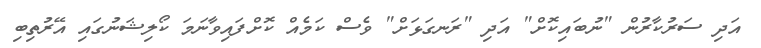
އަދި ސަރުކާރުން "ނުބައިކޮށް" އަދި "ރަނގަޅަށް" ވެސް ކަމެއް ކޮށްފައިވާނަމަ ކޯލިޝަނުގައި އޭރުތިބި